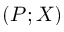
( P ; X )